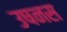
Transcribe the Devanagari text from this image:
उषनस